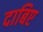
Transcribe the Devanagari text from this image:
दाबिए